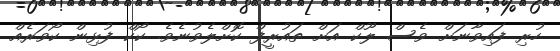
ހުރި ފައިވާނަށް ވެސް ލޫކް އަށް ތައުރީފް ކޮށްލެވުނެވެ. ކޯކް ފުޅިން ކޯވަރެއް